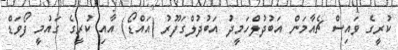
ކުރީގެ ވައިސް ޗެއާމަން އަބުދުލްހަމީދު އަބުދުލްގަފޫރު (އައްޑޯ) އާއި ކުރީގެ ގައުމީ ފޯވަޑް